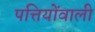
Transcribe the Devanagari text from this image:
पत्तियोंवाली